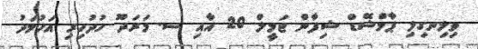
ވިލިނގިލި ޕާމްޝޭޑް ޝިފާން ޖަމީލް 20 އާއި ސ. މަރަދޫ ހުދުހިރި އަހުމަދު